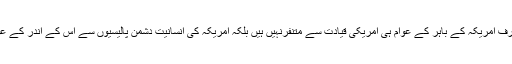
ان حقائق سے معلوم ہوتا ہے کہ صرف امریکہ کے باہر کے عوام ہی امریکی قیادت سے متنفرنہیں ہیں بلکہ امریکہ کی انسانیت دشمن پالیسیوں سے اس کے اندر کے عوام بھی حد درجہ تنگ آ چکے ہیں ۔